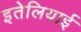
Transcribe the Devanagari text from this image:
इतेलियाई